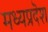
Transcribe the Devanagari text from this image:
मध्यप्रदॆश